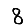
Digit: 8